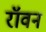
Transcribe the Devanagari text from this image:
रॉवन